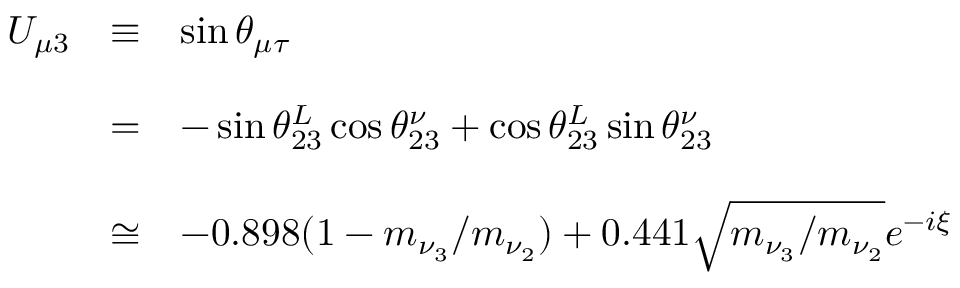
\begin{array} { l c l } { { U _ { \mu 3 } } } & { { \equiv } } & { { \sin \theta _ { \mu \tau } } } \\ { { } } & { { } } & { { } } \\ { { } } & { { = } } & { { - \sin \theta _ { 2 3 } ^ { L } \cos \theta _ { 2 3 } ^ { \nu } + \cos \theta _ { 2 3 } ^ { L } \sin \theta _ { 2 3 } ^ { \nu } } } \\ { { } } & { { } } & { { } } \\ { { } } & { { \cong } } & { { - 0 . 8 9 8 ( 1 - m _ { \nu _ { 3 } } / m _ { \nu _ { 2 } } ) + 0 . 4 4 1 \sqrt { m _ { \nu _ { 3 } } / m _ { \nu _ { 2 } } } e ^ { - i \xi } } } \end{array}